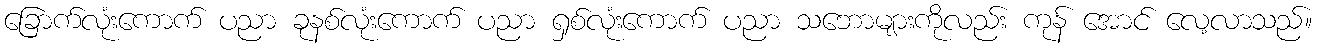
ခြောက်လုံးကောက် ပညာ ခုနစ်လုံးကောက် ပညာ ရှစ်လုံးကောက် ပညာ သဘောများကိုလည်း ကုန် အောင် လေ့လာသည်။